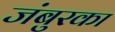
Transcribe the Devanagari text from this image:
जंबुरका